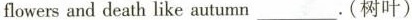
flowersand death like autumn __.(树叶)